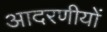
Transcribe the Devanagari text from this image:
आदरणीयों